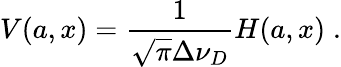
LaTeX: V(a,x)=\frac{1}{\sqrt{\pi}\Delta\nu_{D}}H(a,x)\; .